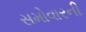
સમોવારની